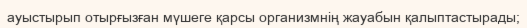
ауыстырып отырғызған мүшеге қарсы организмнің жауабын қалыптастырады;